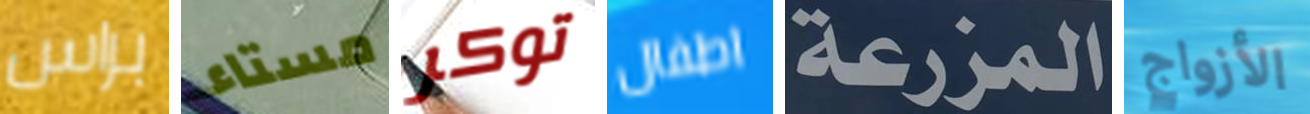
براس مستاء توكر اطفال المزرعة الأزواج